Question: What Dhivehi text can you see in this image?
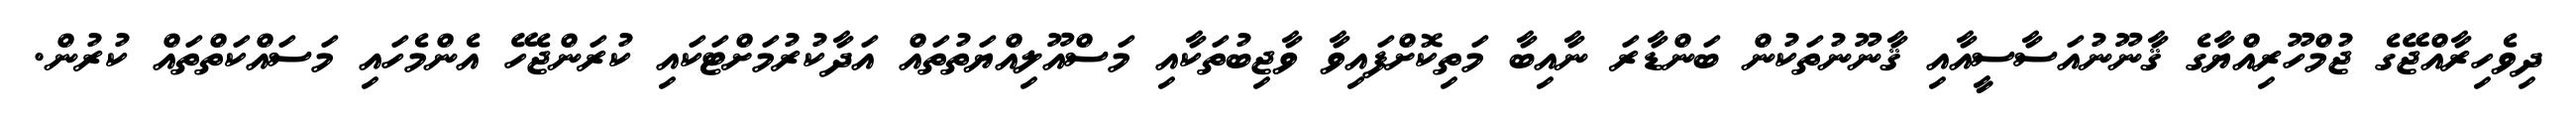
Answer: ދިވެހިރާއްޖޭގެ ޖުމްހޫރިއްޔާގެ ޤާނޫނުއަސާސީއާއި ޤާނޫނުތަކުން ބަންޑާރަ ނާއިބާ މަތިކޮށްފައިވާ ވާޖިބުތަކާއި މަސްއޫލިއްޔަތުތައް އަދާކުރުމަށްޓަކައި ކުރަންޖެހޭ އެންމެހައި މަސައްކަތްތައް ކުރުން.